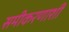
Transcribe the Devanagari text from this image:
समीकरणाशी